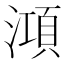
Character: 澒